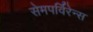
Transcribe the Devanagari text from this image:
सेमपर्विरेन्स